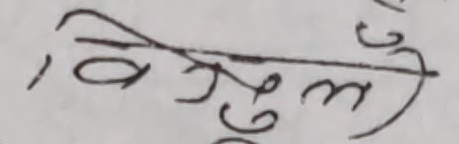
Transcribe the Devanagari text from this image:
विभुल